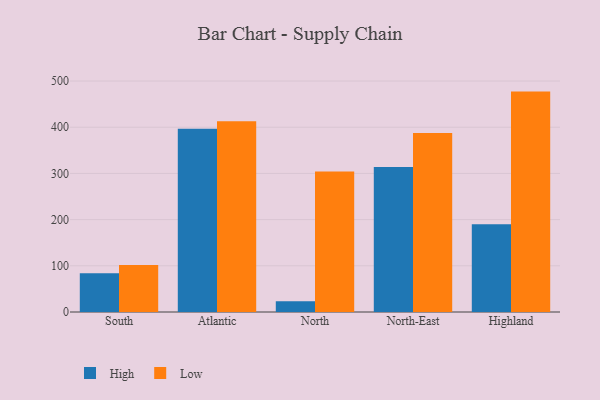
{"axis": {"x": "Region", "y": "Customer Acquisition Cost (USD)"}, "legend": ["High", "Low"], "data": [{"x": "South", "y": 83.8, "type": "High"}, {"x": "South", "y": 101.8, "type": "Low"}, {"x": "Atlantic", "y": 396.5, "type": "High"}, {"x": "Atlantic", "y": 413.1, "type": "Low"}, {"x": "North", "y": 23.2, "type": "High"}, {"x": "North", "y": 304.0, "type": "Low"}, {"x": "North-East", "y": 314.1, "type": "High"}, {"x": "North-East", "y": 387.3, "type": "Low"}, {"x": "Highland", "y": 189.9, "type": "High"}, {"x": "Highland", "y": 477.1, "type": "Low"}]}